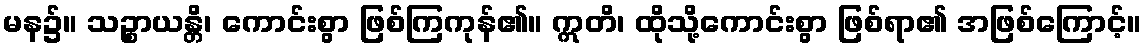
မန၌။ သဉ္စာယန္တိ၊ ကောင်းစွာ ဖြစ်ကြကုန်၏။ ဣတိ၊ ထိုသို့ကောင်းစွာ ဖြစ်ရာ၏ အဖြစ်ကြောင့်။